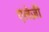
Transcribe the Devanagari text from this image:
एलेज़ी